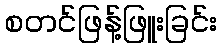
စတင်ဖြန့်ဖြူးခြင်း